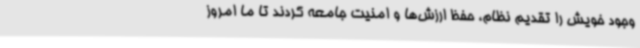
وجود خویش را تقدیم نظام، حفظ ارزش‌ها و امنیت جامعه کردند تا ما امروز